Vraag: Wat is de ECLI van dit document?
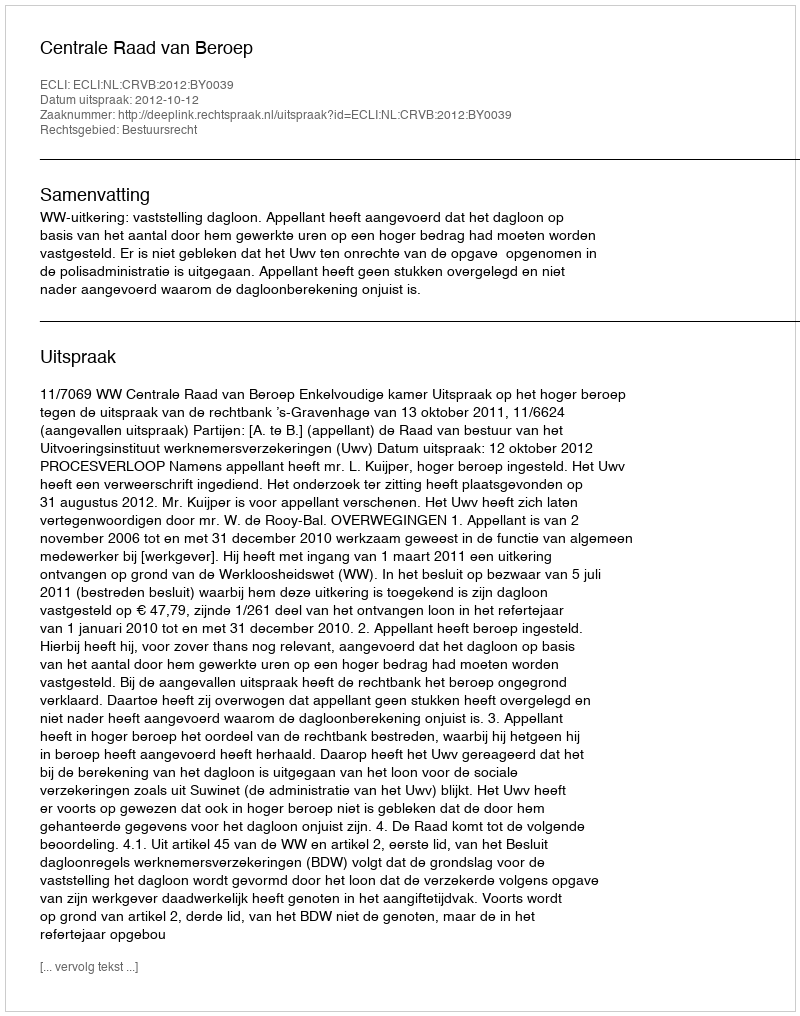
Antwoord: ECLI:NL:CRVB:2012:BY0039